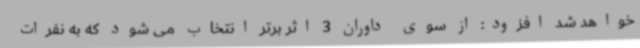
خواهد شد افزود: از سوی داوران 3 اثر برتر انتخاب می شود که به نفرات